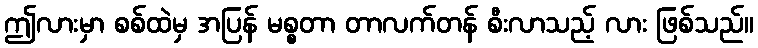
ဤလားမှာ စစ်ထဲမှ အပြန် မစ္စတာ တာလက်တန် စီးလာသည့် လား ဖြစ်သည်။